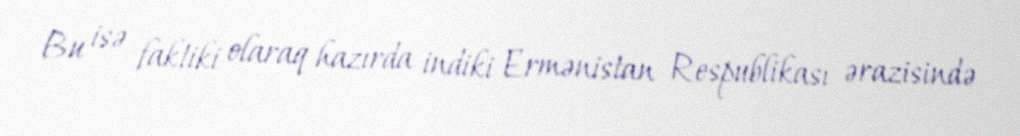
Bu isə faktiki olaraq hazırda indiki Ermənistan Respublikası ərazisində